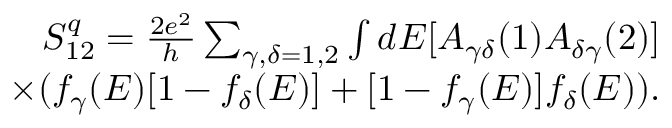
\begin{array} { r } { S _ { 1 2 } ^ { q } = \frac { 2 e ^ { 2 } } { h } \sum _ { \gamma , \delta = 1 , 2 } \int d E [ A _ { \gamma \delta } ( 1 ) A _ { \delta \gamma } ( 2 ) ] } \\ { \times ( f _ { \gamma } ( E ) [ 1 - f _ { \delta } ( E ) ] + [ 1 - f _ { \gamma } ( E ) ] f _ { \delta } ( E ) ) . } \end{array}